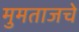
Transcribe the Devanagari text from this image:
मुमताजचे